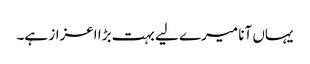
یہاں آنا میرے لیے بہت بڑا اعزاز ہے۔